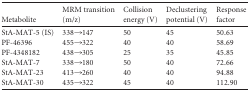
<table><thead><tr><td><b>Metabolite</b></td><td><b>MRM transition (m/z)</b></td><td><b>Collision energy (V)</b></td><td><b>Declustering potential (V)</b></td><td><b>Response factor</b></td></tr></thead><tbody><tr><td>StA-MAT-5 (IS)</td><td>338→147</td><td>50</td><td>45</td><td>50.63</td></tr><tr><td>PF-46396</td><td>455→322</td><td>40</td><td>40</td><td>58.69</td></tr><tr><td>PF-4348182</td><td>438→305</td><td>25</td><td>35</td><td>45.85</td></tr><tr><td>StA-MAT-7</td><td>338→180</td><td>50</td><td>40</td><td>72.66</td></tr><tr><td>StA-MAT-23</td><td>413→260</td><td>40</td><td>40</td><td>94.88</td></tr><tr><td>StA-MAT-30</td><td>435→322</td><td>45</td><td>40</td><td>112.90</td></tr></tbody></table>